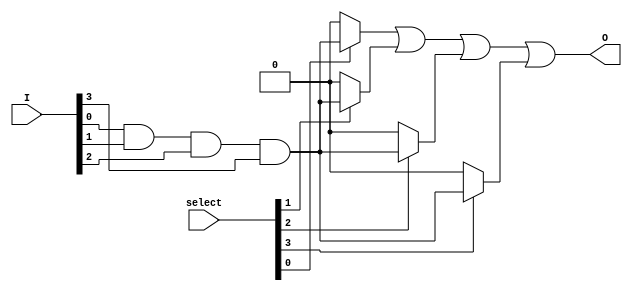
module jewel_pal (
    input wire [3:0] I,           // 4-bit input pins (I1, I2, I3, I4)
    input wire [3:0] select,      // Select lines for programming AND gates
    output wire O                 // Output pin
);

// Programmable AND gates (4 in this example)
wire [3:0] and_out;             // Outputs from the AND gates

// Implementing the programmable AND gates
generate
    genvar i;
    for (i = 0; i < 4; i = i + 1) begin: and_gates
        assign and_out[i] = (select[i]) ? (I[0] & I[1] & I[2] & I[3]) : 1'b0; // Example logic for each AND gate
    end
endgenerate

// Fixed OR gate array combining the outputs of the AND gates
assign O = and_out[0] | and_out[1] | and_out[2] | and_out[3]; // ORing outputs of all AND gates

endmodule